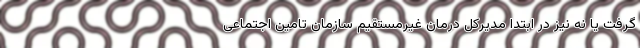
گرفت یا نه نیز در ابتدا مدیرکل درمان غیرمستقیم سازمان تامین اجتماعی